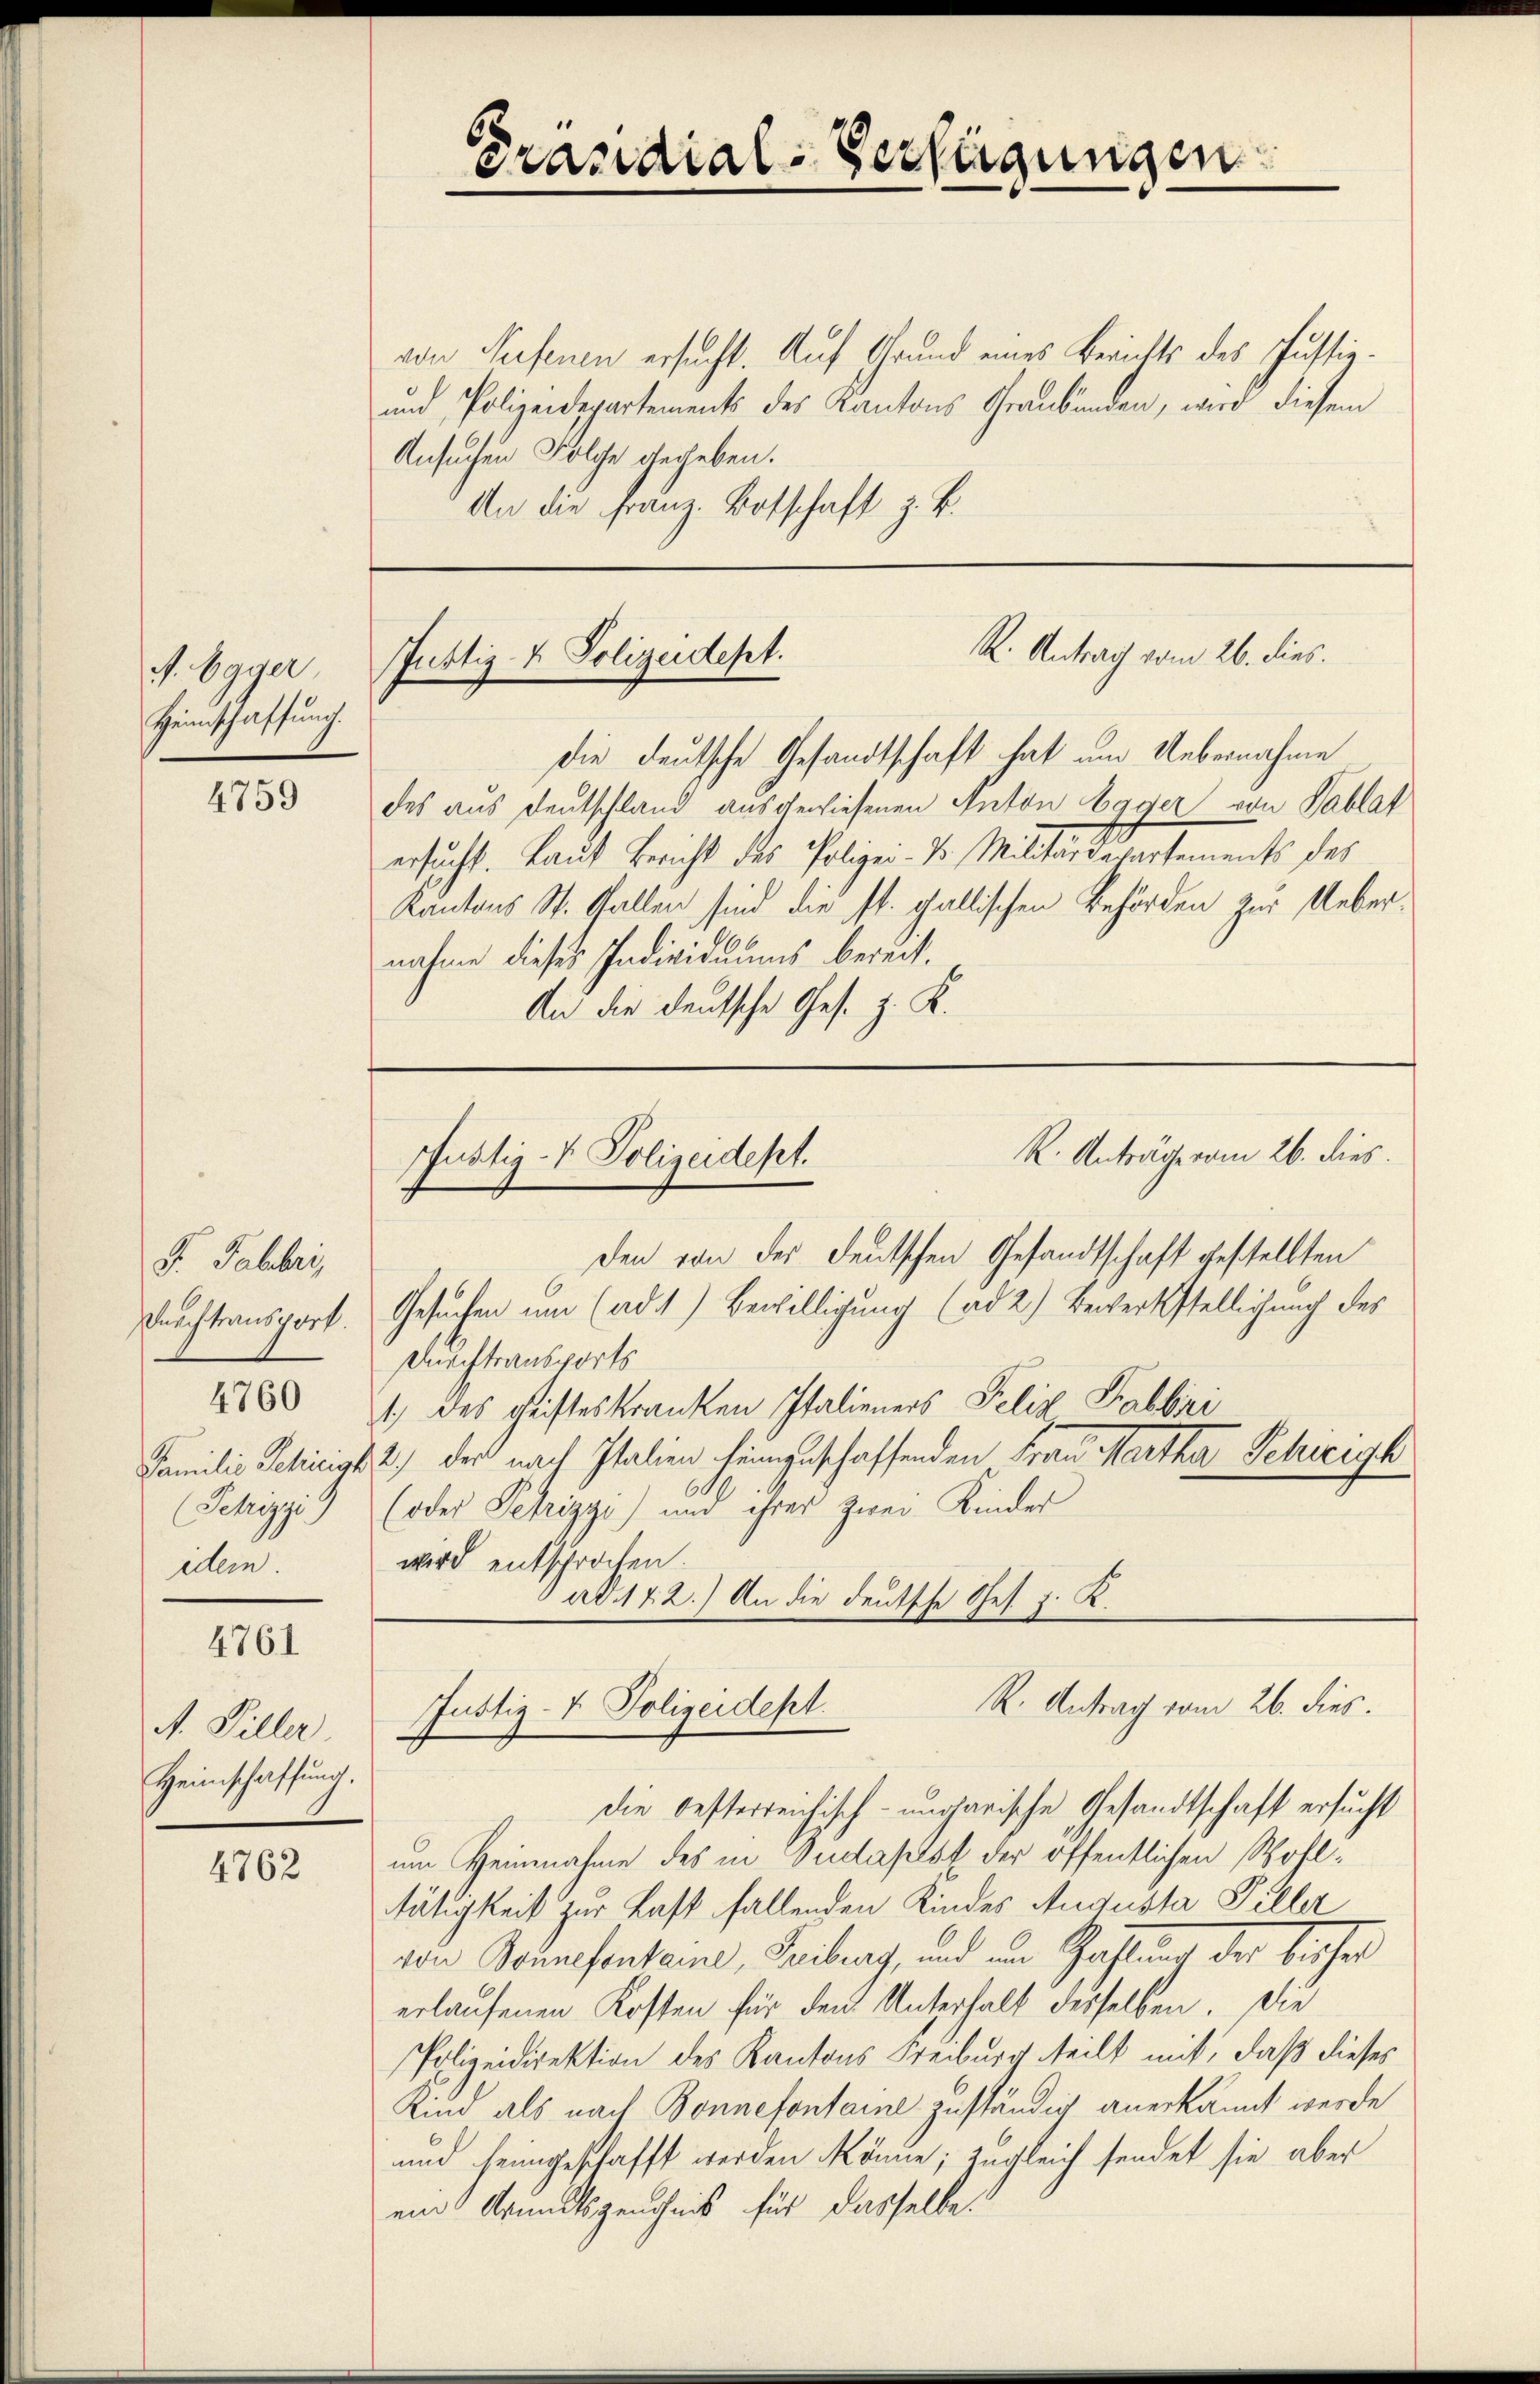
J. Egger
Heimschaffung.

4759

F. Fabbri,
Durchtransport.
Familie Schinist
Jchizzi)
edem

4760

4761

A. Viller
Heimschaffung.

4762

von Seifenen ersucht. Auf Grund eines Berichts des Justiz¬
und Polizeidepartements des Kantons Graubünden, wird diesem
Ansuchen Folche gegeben.
An die Franz-Botschaft z. B.

die deutsche Gesandtschaft hat um Uebernahme
des aus Deutschland ausgewiesenen Anton Egger von Tablat
ersucht. Laut Bericht des Polizei- & Militärdepartements des
Kantons St. Gallen sind die st. gallischen Behörden zur Uebernahme dieses Individuums bereit.
An die deutsche Ges. z. K.

erandial-Verfügungen

K. Antrag vom 26. dies.
Justiz- & Polizeidept.

R. Anträge vom 26. dies.
Justiz- & Polizeidept.

den von der deutschen Gesandtschaft gestellten
Gesuchen um (ad 1.) Bewilligung (ad 2.) Bewerkstelligung des
Deuchtransports
1) des Geisteskranken Italieners Felix Frabbiri
2.) der nach Italien hinzuschaffenden Frau Martha Schreigh
(oder Petrizyo) und ihrer zwei Kinder
wird entsprochen.
ad. 142.) An die deutsche Ges. z. K.

die besterreichisch-ungarische Gesandtschaft ersucht
um Heimahme des in Sudapest der öffentlichen Wohltätigkeit zur Last fallenden Kindes Augusta Piller
von Seinesentaine, Freiburg, und im Haftung der bisher
erlaufenen Kosten für den Unterhalt desselben. Die
Polizeidirektion des Kantons Freiburg teilt mit, daß dieses
Kind als nach Bonnefontaine zuständig anerkannt werde
und heimgeschafft werden könne; zugleich sendet sie aber
ein Grundszeuchnis für dasselbe

R. Antrag vom 26. dies.
Justiz- & Polizeidept